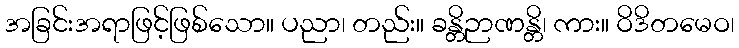
အခြင်းအရာဖြင့်ဖြစ်သော။ ပညာ၊ တည်း။ ခန္တိဉာဏန္တိ၊ ကား။ ဝိဒိတမေဝ၊